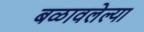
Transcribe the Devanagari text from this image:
बळावलेल्या